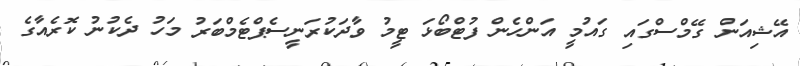
އޭޝިއަން ގޭމްސްގައި ގައުމީ އަންހެން ފުޓްބޯޅަ ޓީމު ވާދަކުރަނީސެޕްޓެމްބަރު މަހު ދެކުނު ކޮރެއާގެ